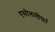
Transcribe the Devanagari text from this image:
एसोलमोर्फा